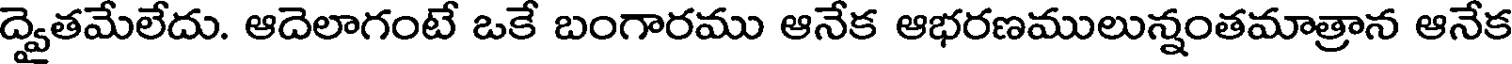
ద్వైతమేలేదు. ఆదెలాగంటే ఒకే బంగారము ఆనేక ఆభరణములున్నంతమాత్రాన ఆనేక